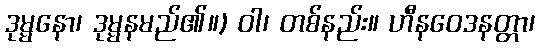
ဒုမ္မနော၊ ဒုမ္မနမည်၏။) ဝါ၊ တစ်နည်း။ ဟီနဝေဒနတ္တာ၊